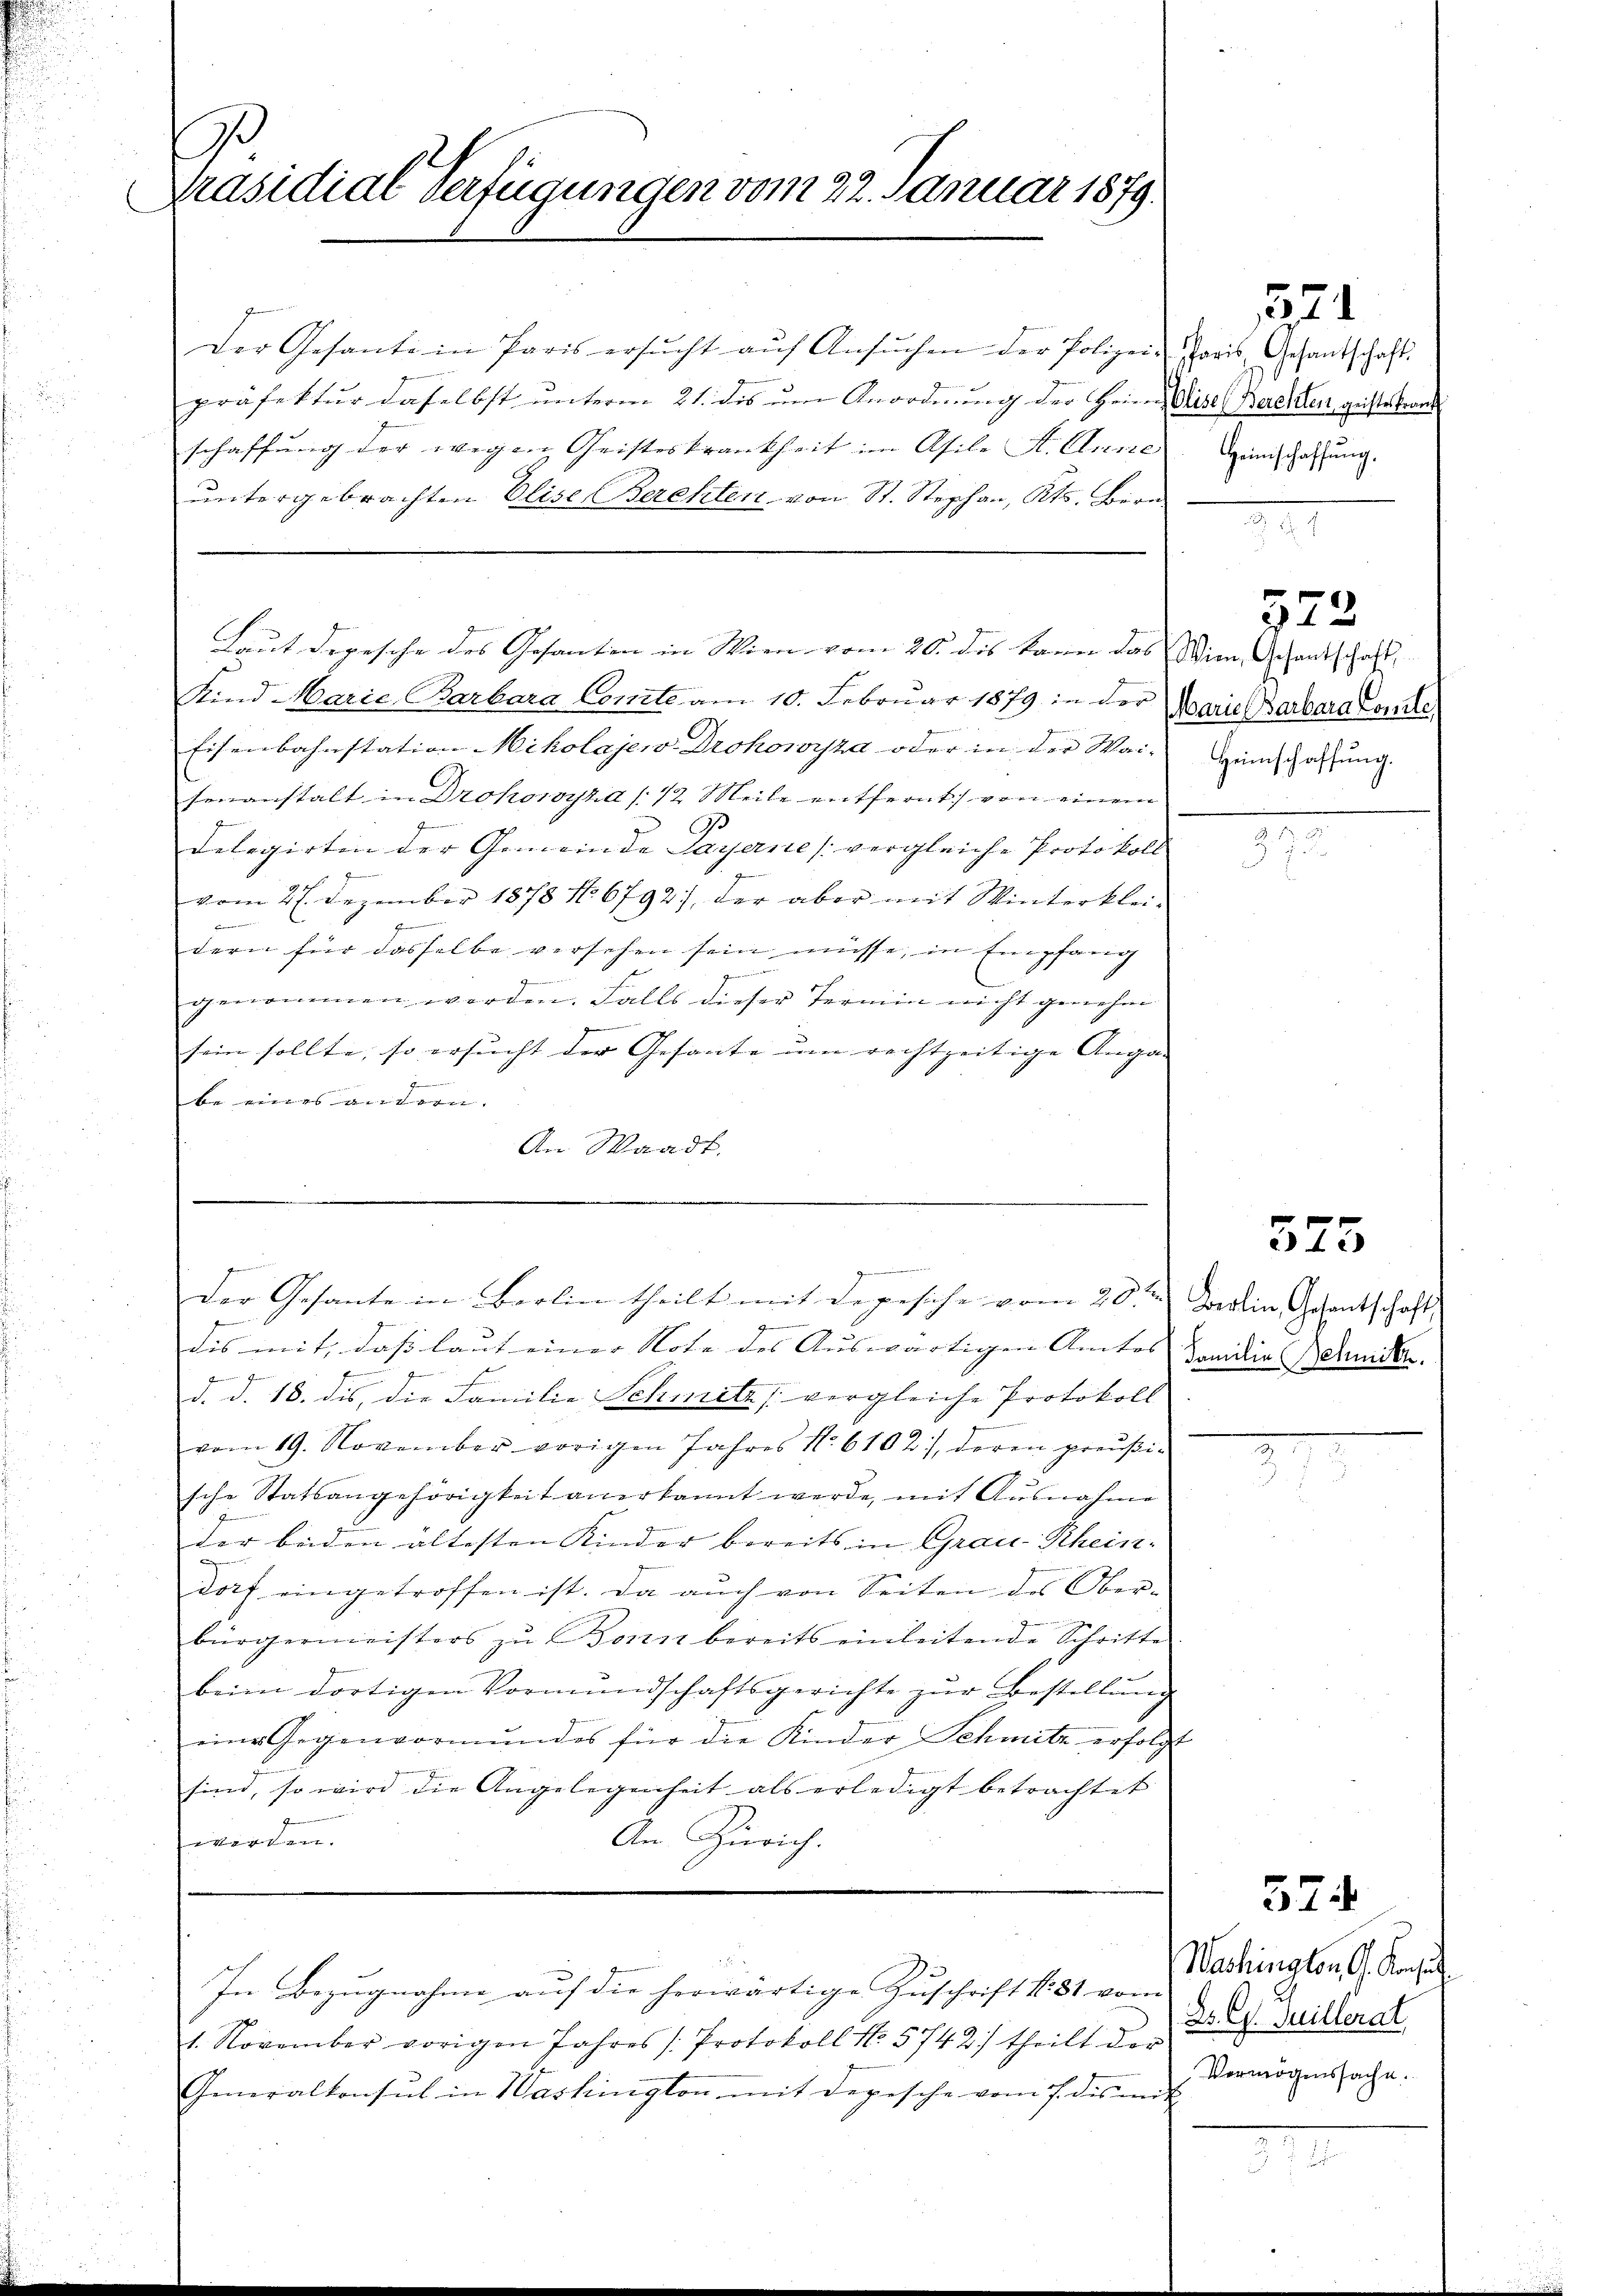
J.
Präsidial Verfügungen vom 22. Januar 1879.

Der Gesante in Paris ersŭcht aŭf Ansŭchen der Polizeisoris, Gesantschaft
präfektur daselbst ŭnterm 21. dis ŭm Anordnŭng der Heim Weise Berchten, geister Fran
schaffung der wegen Geisteskrankheit im Asile St. Anne
untergebrachten Elise Berchter, von St. Stephan, Kts. Bern

hlegen den die

der Gesante in Barlin theilt mit de gesiche vom 20. an derein Gesentschaft

2

Laut Depesche des Gesanten in Wien vom 20. des kann das Wien Gesantschaft
Kind Marie, Barbara Comte am 10. Februar 1879 in der Marie Barbara Conte,
Eisenbahnstation Mikolajew Drohowyza oder in der Wai- Hinschaffung.
tenanstalt in Drohowyza /12. Meile entfernt von einem
.
delegirten der Gemeinde Payerne (vergleiche Protokoll
vom 27. Dezember 1878 No 6792), der aber mit Winterklei¬
Brunnen, we
.
dern für dasselbe versehen sein müsse, in Empfang
gemeinen
genommen werden. Falls dieser Termin nicht genehm
g
sein sollte, so ersucht der Gesante um rechtzeitige Anga-
.
be eines untern. |
An Waadt.

In Bezugnahme auf die herwärtige Zuschrift s. 31 vom
1. November vorigen Jahres /: Protokoll No. 5742/ theilt d. d. J. Guilleral
Generalkonsul in Washington mit Depesche vom 7. des mit

s
dis mit, daß laut einer Note des Auswärtigen Amtes
c
d. d. 18. dis, die Familie Schwitz vergleiche Protokoll
vom 19. November vorigen Jahres No. 6102), deren preußische Statsangehörigkeit anerkannt werde, mit Ausnahme
der beden ältesten Kinder bereits in Grau-Rhein-
dorf eingetroffen ist. Da auch von Seiten des Ober-
bürgermeisters zu Bozen bereits einleitende Schritte
beim dortigen Vormŭndschaftsgerichte zŭr Bestellŭng
eine Gegenvormundes für die Kinder Schmitz erfolgt
sind, so wird die Angelegenheit als erledigt betrachtet
An Zürich.
werden.

Heinschaffung,

274

323

375

Familie Behnik.

574

Washington G. Konsu
Vermögenssache.